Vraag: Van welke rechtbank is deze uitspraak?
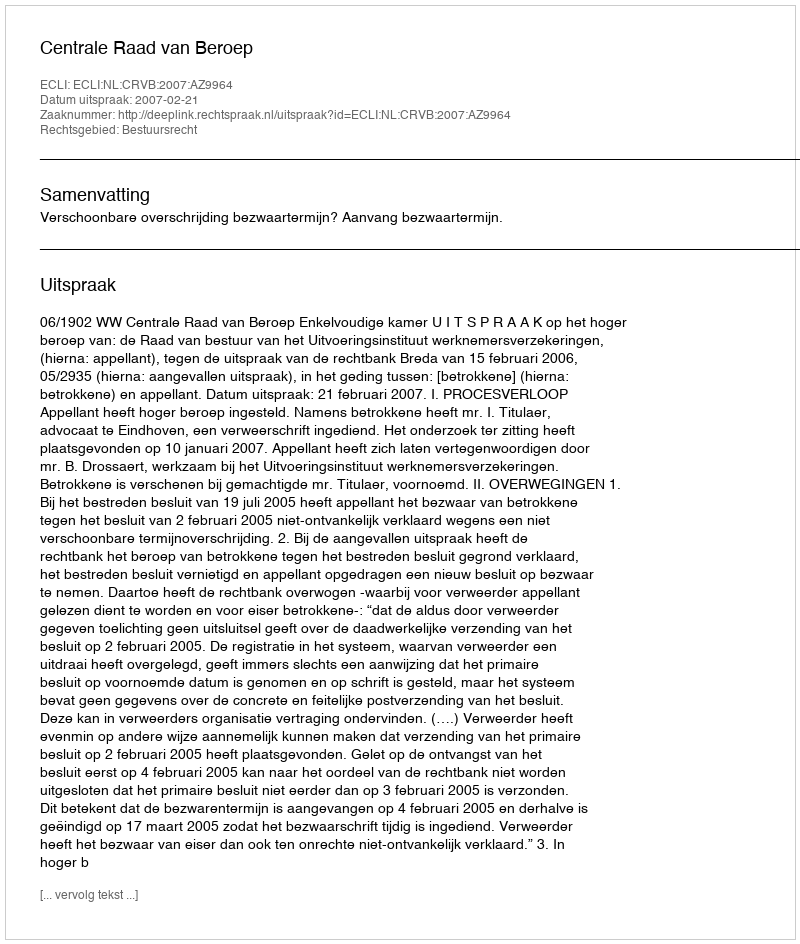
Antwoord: Centrale Raad van Beroep